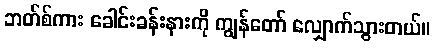
ဘတ်စ်ကား ခေါင်းခန်းနားကို ကျွန်တော် လျှောက်သွားတယ်။